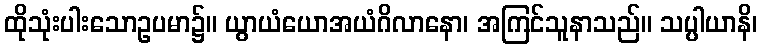
ထိုသုံးပါးသောဥပမာ၌။ ယွာယံယောအယံဂိလာနော၊ အကြင်သူနာသည်။ သပ္ပါယာနိ၊